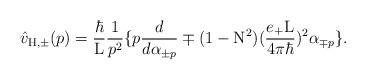
LaTeX: \begin{align*}\hat{v}_{\rm H,\pm}(p) = \frac{\hbar}{\rm L} \frac{1}{p^2}\{ p \frac{d}{d{\alpha}_{\pm p}} \mp (1-{\rm N}^2) (\frac{e_{+}{\rm L}}{4{\pi}{\hbar}})^2 {\alpha}_{\mp p} \}.\end{align*}